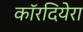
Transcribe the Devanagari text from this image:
कॉरदियेरा